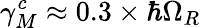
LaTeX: \gamma_{M}^{c}\approx 0.3\times\hbar\Omega_{R}